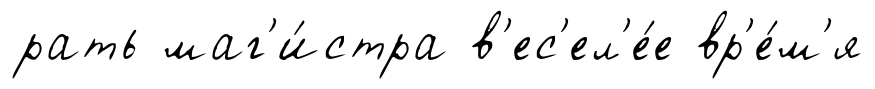
рать маг'и́стра в'ес'ел'е́е вр'е́м'я